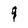
Character: q